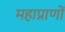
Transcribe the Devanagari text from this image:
महाप्राणों